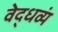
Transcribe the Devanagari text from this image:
वेद्धव्यं